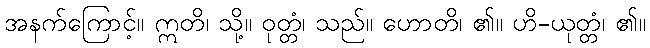
အနက်ကြောင့်။ ဣတိ၊ သို့။ ဝုတ္တံ၊ သည်။ ဟောတိ၊ ၏။ ဟိ-ယုတ္တံ၊ ၏။